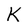
Character: K